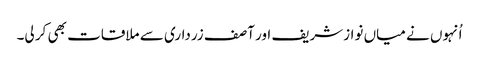
اُنہوں نے میاں نوازشریف اور آصف زرداری سے ملاقات بھی کر لی۔